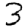
Digit: 3